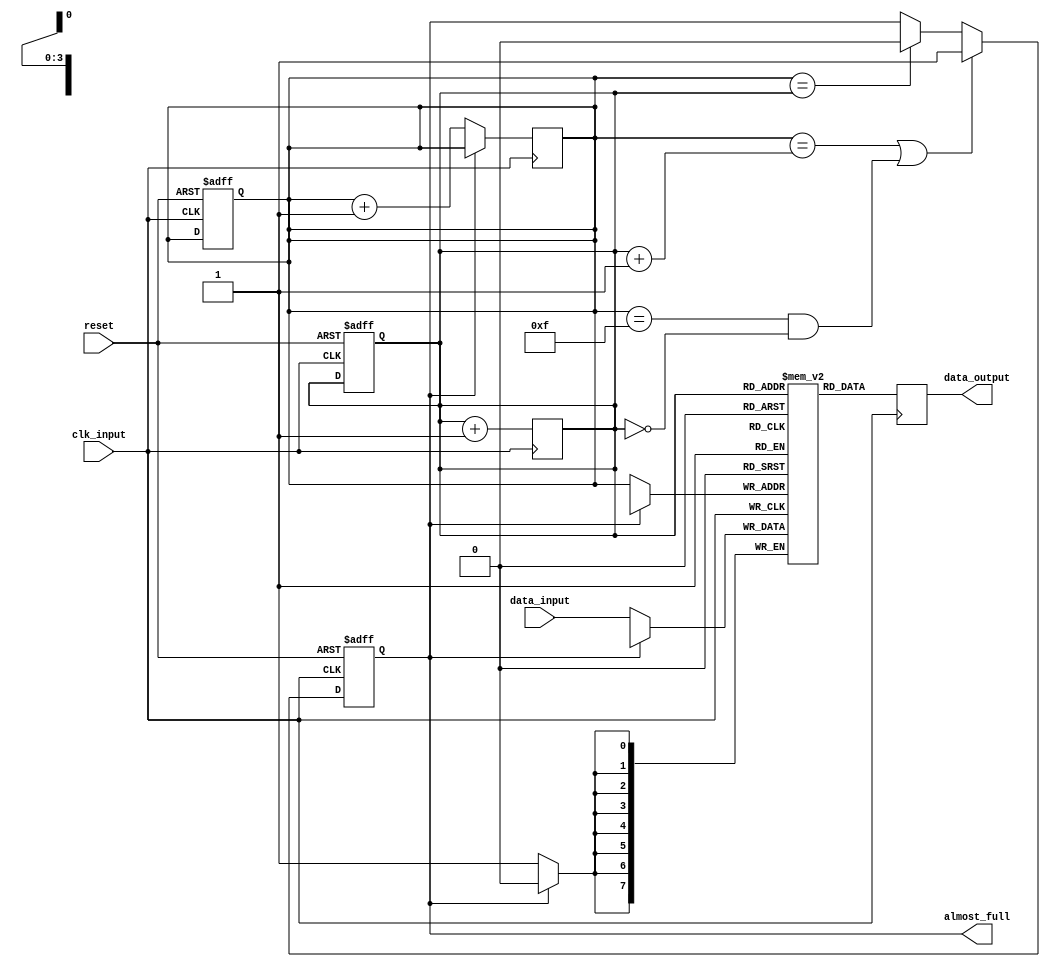
module almost_full_fifo_buffer (
    input wire clk_input,
    input wire [7:0] data_input,
    input wire reset,
    output wire [7:0] data_output,
    output wire almost_full
);

reg [7:0] buffer [0:15];
reg [3:0] write_ptr, read_ptr;
reg almost_full_reg;

always @(posedge clk_input or posedge reset) begin
    if (reset) begin
        write_ptr <= 4'b0000;
        read_ptr <= 4'b0000;
        almost_full_reg <= 1'b0;
    end else begin
        if (write_ptr == (read_ptr + 1) || (write_ptr == 4'b1111 && read_ptr == 4'b0000)) begin
            almost_full_reg <= 1'b1;
        end else if (write_ptr == read_ptr) begin
            almost_full_reg <= 1'b0;
        end
    end
end

always @(posedge clk_input) begin
    if (!almost_full_reg) begin
        buffer[write_ptr] <= data_input;
        write_ptr <= write_ptr + 4'b0001;
    end
    data_output <= buffer[read_ptr];
    read_ptr <= read_ptr + 4'b0001;
end

assign almost_full = almost_full_reg;

endmodule